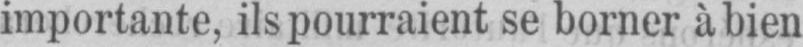
importante, ils pourraient se borner à bien